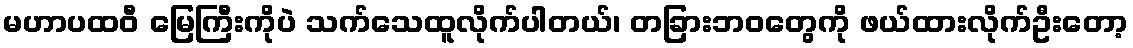
မဟာပထဝီ မြေကြီးကိုပဲ သက်သေထူလိုက်ပါတယ်၊ တခြားဘဝတွေကို ဖယ်ထားလိုက်ဦးတော့